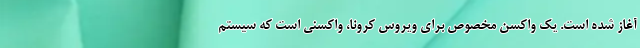
آغاز شده است. یک واکسنِ مخصوص برای ویروسِ کرونا، واکسنی است که سیستمِ